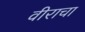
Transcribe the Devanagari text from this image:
वीराचा